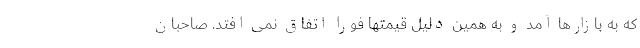
که به بازارها آمد و به همین دلیل قیمتها فورا اتفاق نمی افتد. صاحبان